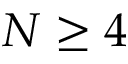
N \ge 4